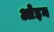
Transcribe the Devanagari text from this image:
ओइन